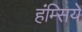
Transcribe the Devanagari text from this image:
हंम्सिये